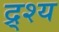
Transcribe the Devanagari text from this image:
द्र्श्य